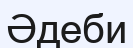
Әдеби